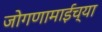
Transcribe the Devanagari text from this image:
जोगणामाईच्या